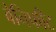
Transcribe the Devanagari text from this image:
बेनिफीट